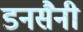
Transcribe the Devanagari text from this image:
डनसैनी